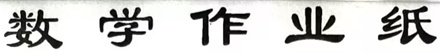
数学作业纸